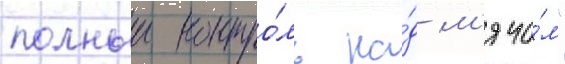
полныи контро́ль на́д м'ячо́м"